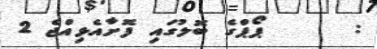
:      ޕޯޕްގެ ބޮލުގައި ފޮށާއެޅިއްޖެ 2